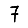
Digit: 7